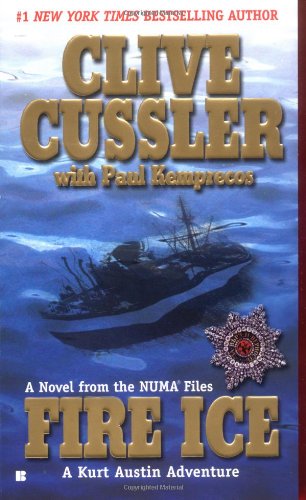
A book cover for Fire Ice (The NUMA Files); Clive Cussler; Literature & Fiction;